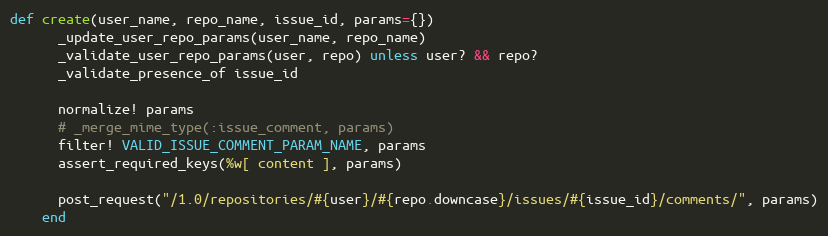
Language: Ruby
def create(user_name, repo_name, issue_id, params={})
      _update_user_repo_params(user_name, repo_name)
      _validate_user_repo_params(user, repo) unless user? && repo?
      _validate_presence_of issue_id

      normalize! params
      # _merge_mime_type(:issue_comment, params)
      filter! VALID_ISSUE_COMMENT_PARAM_NAME, params
      assert_required_keys(%w[ content ], params)

      post_request("/1.0/repositories/#{user}/#{repo.downcase}/issues/#{issue_id}/comments/", params)
    end